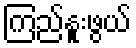
ကြည်နူးဖွယ်